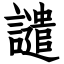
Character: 譴